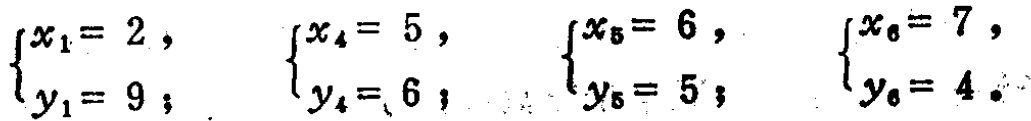
\(\begin{cases}x_{1}=2,\\y_{1}=9;\end{cases}\quad\begin{cases}x_{4}=5,\\y_{4}=6;\end{cases}\quad\begin{cases}x_{5}=6,\\y_{5}=5;\end{cases}\quad\begin{cases}x_{6}=7,\\y_{6}=4.\end{cases}\)